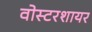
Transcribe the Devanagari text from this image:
वोस्टरशायर